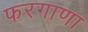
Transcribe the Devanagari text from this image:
फरगाणा